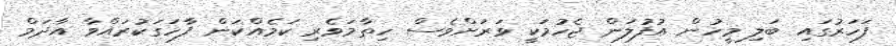
ފަހަރުގައި ބަލި މީހުން އުފުލަން ޖެހުމަކީ ވަރަށްވެސް ހިތާމަވެރި ކަމެއްކަން ފާހަގަކުރައްވާ އާދަމް